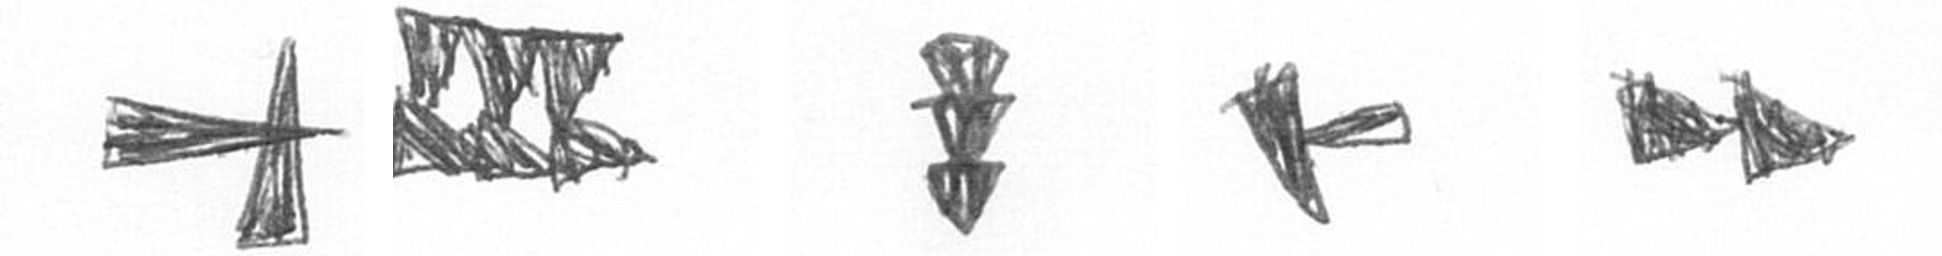
G D E F A